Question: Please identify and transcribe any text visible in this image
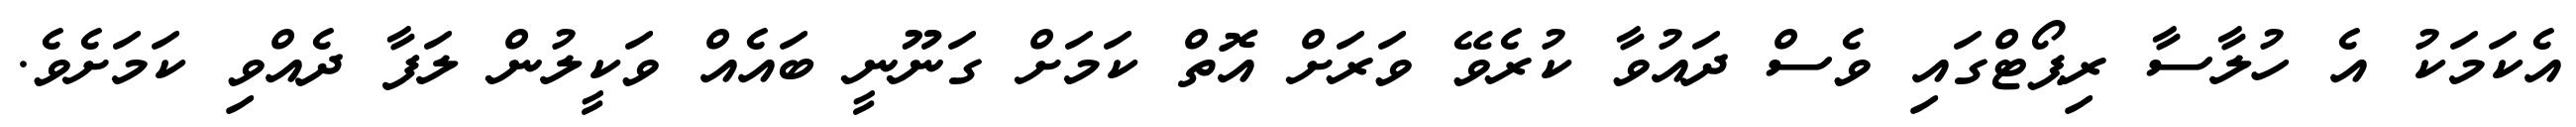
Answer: އެކަމަކު އެ ހުލާސާ ރިޕޯޓްގައި ވެސް ދައުވާ ކުރެވޭ ވަރަށް އޮތް ކަމަށް ގަނޫނީ ބައެއް ވަކީލުން ލަފާ ދެއްވި ކަމަށެވެ.